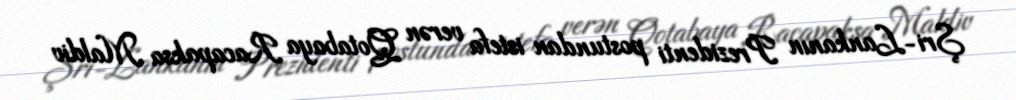
Şri-Lankanın Prezidenti postundan istefa verən Qotabaya Racapaksa Maldiv